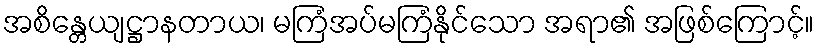
အစိန္တေယျဋ္ဌာနတာယ၊ မကြံအပ်မကြံနိုင်သော အရာ၏ အဖြစ်ကြောင့်။